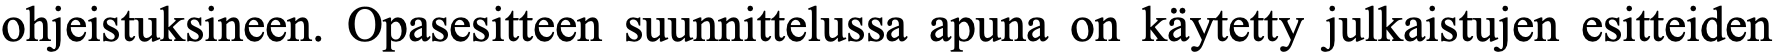
ohjeistuksineen. Opasesitteen suunnittelussa apuna on käytetty julkaistujen esitteiden